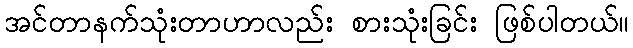
အင်တာနက်သုံးတာဟာလည်း စားသုံးခြင်း ဖြစ်ပါတယ်။